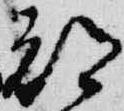
都